Plague in India, 1896, 1897 - Volume 4
Year: 1896
Disease focus: Plague
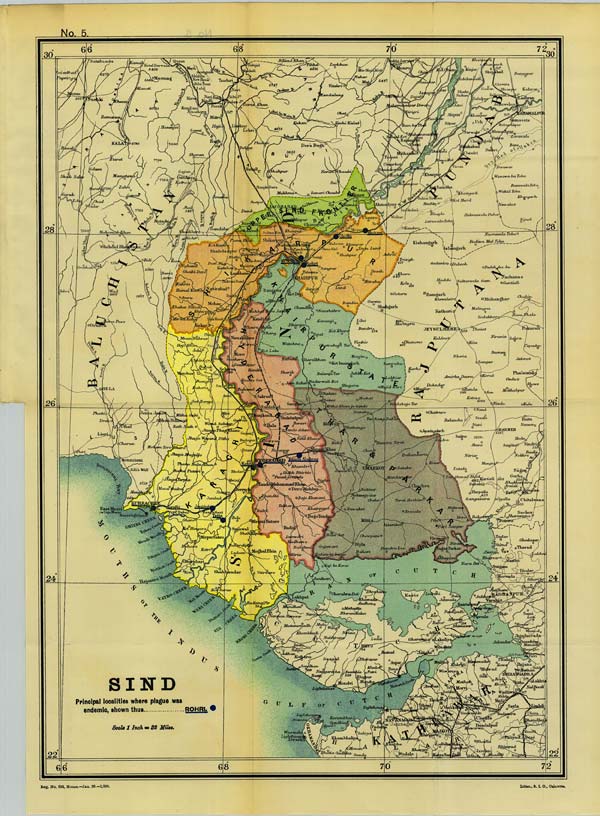
No. 5.
Reg. No. 602, Home.—Jan. 98.—1,000.
Litho., S. I. O., Calcutta.